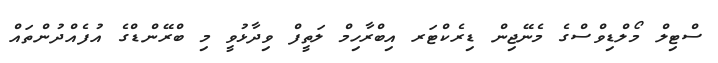
ސްޓިލް މޯލްޑިވްސްގެ މެނޭޖިން ޑިރެކްޓަރ އިބްރާހިމް ލަތީފް ވިދާޅުވީ މި ބްރޭންޑްގެ އުފެއްދުންތައް